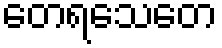
တေရသေတေ